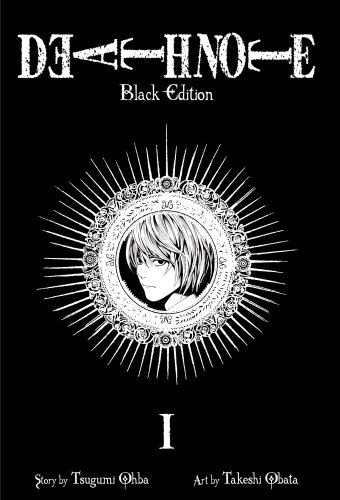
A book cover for Death Note Black Edition, Vol. 1; Tsugumi Ohba; Comics & Graphic Novels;